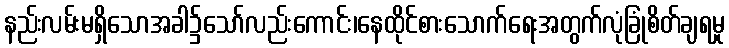
နည်းလမ်းမရှိသောအခါ၌သော်လည်းကောင်း၊နေထိုင်စားသောက်ရေးအတွက်လုံခြုံစိတ်ချရမှု